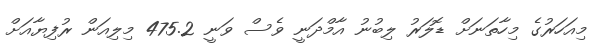
މިއަހަރުގެ މިހާތަނަށް ޑޮލަރު ލިބުނު އާމްދަނީ ވެސް ވަނީ 475.2 މިލިއަން ރުފިޔާއަށް